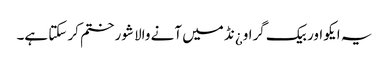
یہ ایکو اور بیک گراو¿نڈ میں آنے والا شور ختم کر سکتا ہے۔